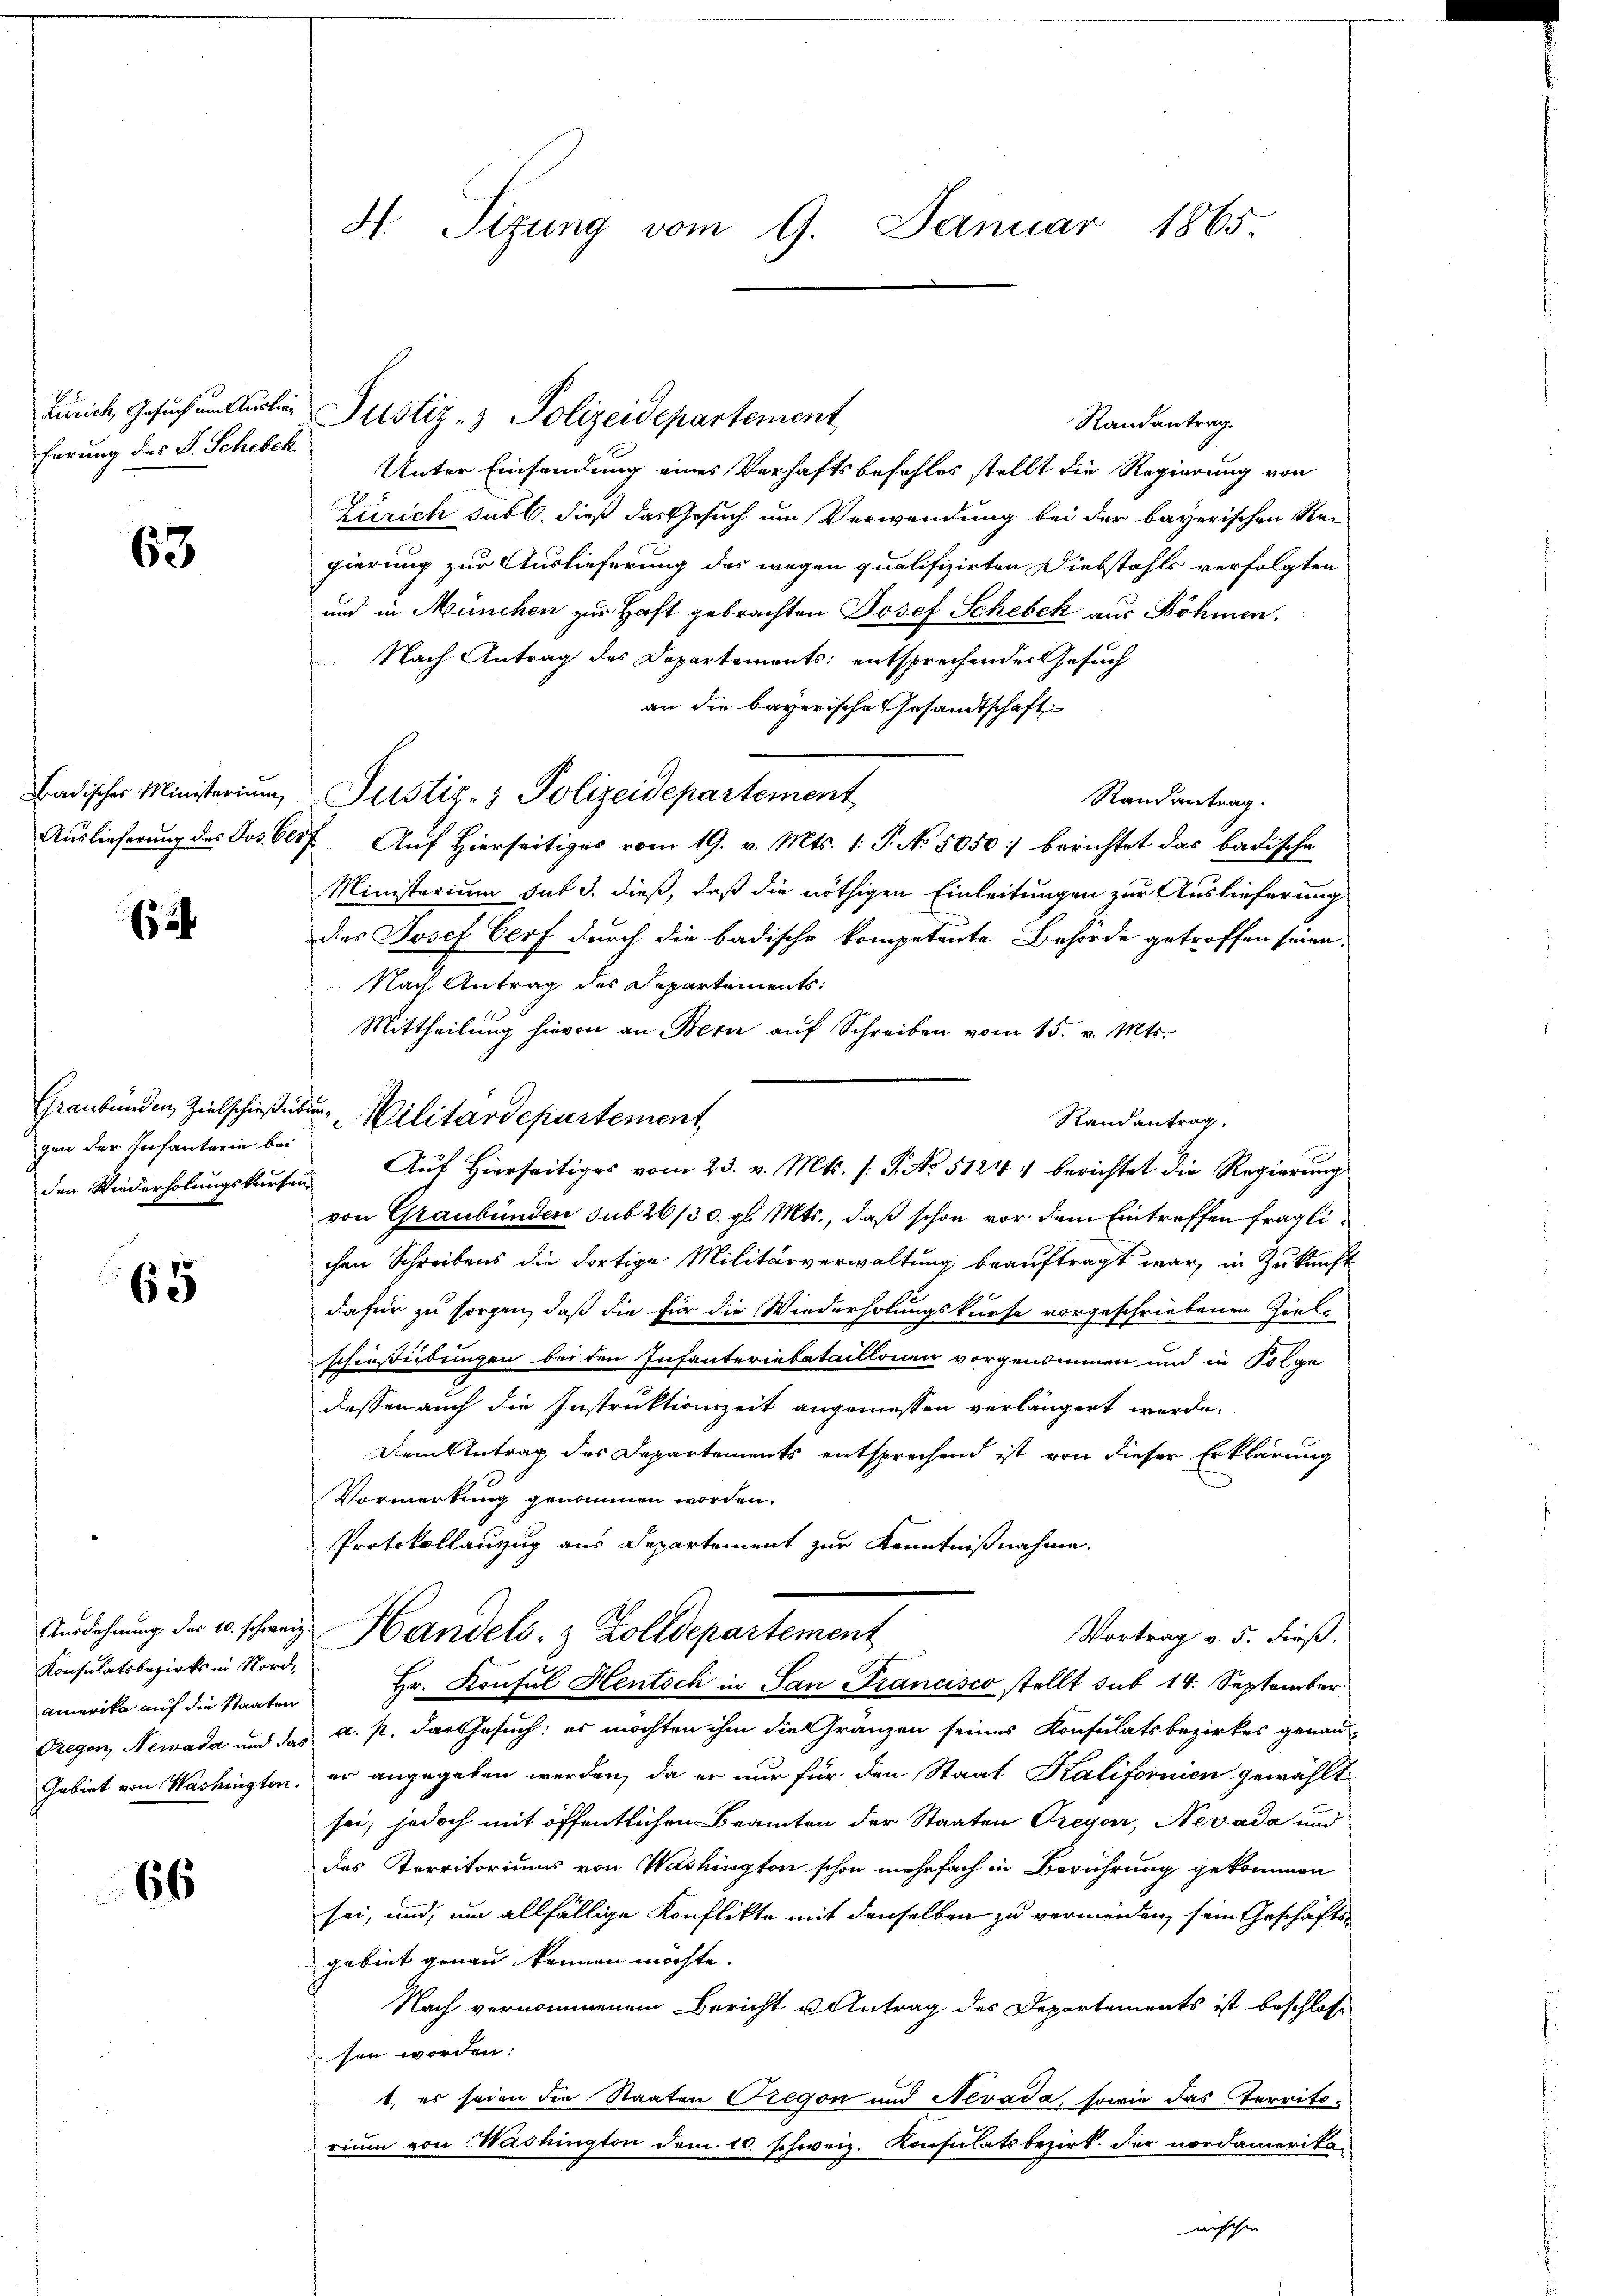
Zürich, Gesuch am Auslieg
ferung des S. Schebek

63

Auslieferung des Jos. Bl.

gen der Infanterie bei

65

Konsulatsbezirks in Nord¬

66

H Sizung vom 9. Januar 1865.

Randantrag
Unter Einsendung eines Verhaftsbefehles stellt die Regierung von
Zürich subl. dieß das Gesuch um Verwendung bei der bayerischen Stei
gierung zur Auslieferung das wegen qualifizirten Diebstahls verfolgten
und in München zur Haft gebrachten Josef Schebek aus Böhmen.
Nach Antrag des Departements: entsprechen der Gesuch
an die bayerische Gesandtschaft
Badischer Ministerium Justiz- & Polizeidepartement
Randantrag.
27. Auf Hierseitiges vom 19. v. Mts. 1. P. No. 5050: berichtet das badische
Ministerium sub d. dieß, daß die nöthigen Einleitungen zur Auslieferung
des Josef Herf durch die badische kompetente Behörde getroffen seien.
Nach Antrag des Departements:
Mittheilŭng hievon an Bern aŭf Schreiben vom 15. v. Mts.
Graubünden Zielschießes Militärdepartement
von Graubünden sub 26/30. gl. Mts., daß schon vor dem Eintreffen fraglichen Schreibens die dortige Militärverwaltung beauftragt war, in Zukunft
dafür zu sorgen, daß die für die Wiederholungskurse vorgeschriebenen Ziele
schießübungen bei den Infanteriebataillonen vorgenommen und in Folge
dessen auch die Instruktionszeit angemessen verlängert werde.
Dem Antrag des Departements entsprechend ist von dieser Erklärung
Vormerkung genommen worden.
Protokollanzug aus Departement zur Kenntnißnahme.
Ausdehnung des u. schweiz. Handels- & Zolldepartement
Vortrag v. 5. dieß.
amerika auf die Staaten Hr. Konsul Hentsch in San Francisco stellt sub 14. September
Gregor Newada und das a. p. das Gesuch: es möchten ihm die Gränzen seines Konsulatsbezirkes genau¬
Gebiet von Washington, er angegeben werden, da er nur für den Staat Kalifornien gewählt
sei, jedoch mit öffentlichen Beamten der Staaten Gregon, Nevada und
des Territoriums von Washington schon mehrfach in Berührung gekommen
sei, und, um allfällige Konflikte mit denselben zu vermeiden, sein Geschäfts-
gebiet genau kennen möchte.
Nach vernommenem Bericht u Antrag des Departements ist beschloss
sen worden:
t, es seien die Staaten Gregon und Nevada, sowie das Territo-
rium von Washington dem 10. schweiz. Konsulatsbezirk der nordamerikamischen

Justiz- & Polizeidepartement

Randantrag,
den Wiederholungskursen Auf hierseitiges vom 23. v. Mts. s. S. No 51244 berichtet die Regierung